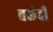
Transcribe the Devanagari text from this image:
बलंदी